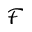
\mathcal { F }